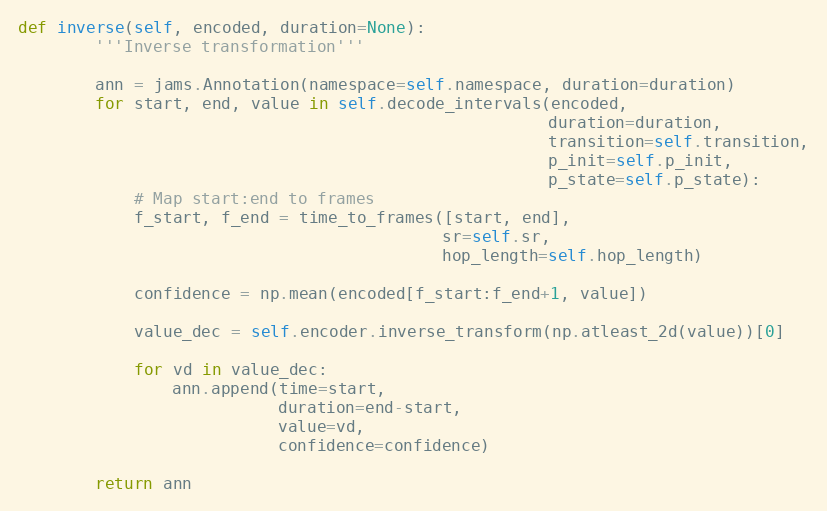
Language: Python
def inverse(self, encoded, duration=None):
        '''Inverse transformation'''

        ann = jams.Annotation(namespace=self.namespace, duration=duration)
        for start, end, value in self.decode_intervals(encoded,
                                                       duration=duration,
                                                       transition=self.transition,
                                                       p_init=self.p_init,
                                                       p_state=self.p_state):
            # Map start:end to frames
            f_start, f_end = time_to_frames([start, end],
                                            sr=self.sr,
                                            hop_length=self.hop_length)

            confidence = np.mean(encoded[f_start:f_end+1, value])

            value_dec = self.encoder.inverse_transform(np.atleast_2d(value))[0]

            for vd in value_dec:
                ann.append(time=start,
                           duration=end-start,
                           value=vd,
                           confidence=confidence)

        return ann